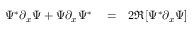
\begin{array} { r l r } { \Psi ^ { * } \partial _ { x } \Psi + \Psi \partial _ { x } \Psi ^ { * } } & { { } = } & { 2 \Re [ \Psi ^ { * } \partial _ { x } \Psi ] } \end{array}